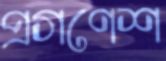
প্রগণেশ